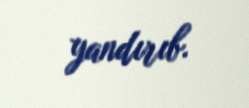
yandırıb.